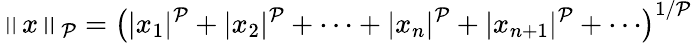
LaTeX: \left\| x\right\| _{\mathcal{P}}=\left(|x_{1}|^{\mathcal{P}}+|x_{2}|^{\mathcal{P}}+\cdots+|x_{n}|^{\mathcal{P}}+|x_{n+1}|^{\mathcal{P}}+\cdots\right)^{1/\mathcal{P}}